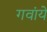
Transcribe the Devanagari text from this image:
गवांये